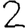
Digit: 2